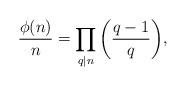
LaTeX: \begin{align*}\frac{\phi(n)}{n} = \prod_{q|n} \bigg(\frac{q-1}{q}\bigg),\end{align*}